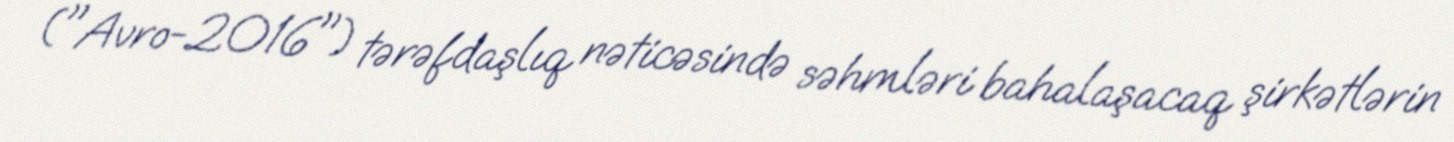
("Avro-2016") tərəfdaşlıq nəticəsində səhmləri bahalaşacaq şirkətlərin